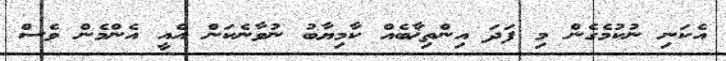
އެކަނި ނުކުމެގެން މި ފަދަ އިންތިޚާބެއް ކާމިޔާބު ނުވާނެކަން އެއީ އެންމެން ވެސް